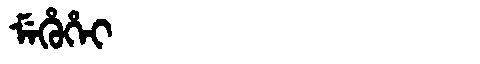
Manchu: ᠮᡝᡥᡠᡥᡝᡳ
Romanization: MEHUHEI